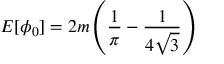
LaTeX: { \cal E } [ \phi _ { 0 } ] = 2 m \left( \frac { 1 } { \pi } - \frac { 1 } { 4 \sqrt { 3 } } \right)